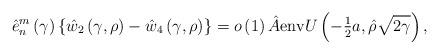
LaTeX: \begin{align*}\hat{{e}}_{n}^{m}\left( \gamma\right) \left\{ {\hat{{w}}_{2}\left({\gamma,\rho}\right) -\hat{{w}}_{4}\left( {\gamma,\rho}\right) }\right\}=o\left( 1\right) \hat{{A}}{\operatorname{env}}U\left( {-{\tfrac{1}{2}}a,\hat{{\rho}}\sqrt{2\gamma}}\right) , \end{align*}